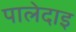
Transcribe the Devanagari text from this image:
पालेदाइ